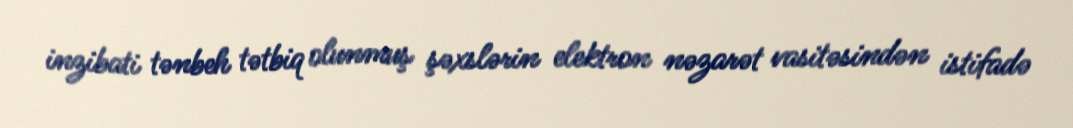
inzibati tənbeh tətbiq olunmuş şəxslərin elektron nəzarət vasitəsindən istifadə